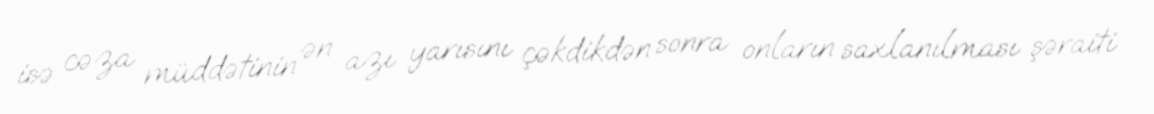
isə cəza müddətinin ən azı yarısını çəkdikdən sonra onların saxlanılması şəraiti